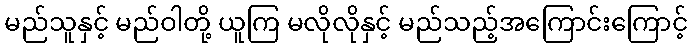
မည်သူနှင့် မည်ဝါတို့ ယူကြ မလိုလိုနှင့် မည်သည့်အကြောင်းကြောင့်